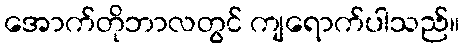
အောက်တိုဘာလတွင် ကျရောက်ပါသည်။